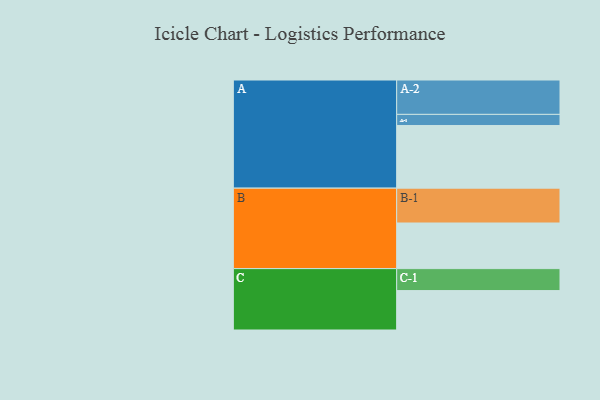
{"axis": {"x": "Segment", "y": "Value"}, "legend": ["", "A", "B", "C"], "data": [{"x": "A", "y": 536, "type": ""}, {"x": "B", "y": 390, "type": ""}, {"x": "C", "y": 337, "type": ""}, {"x": "A-1", "y": 95, "type": "A"}, {"x": "A-2", "y": 294, "type": "A"}, {"x": "B-1", "y": 298, "type": "B"}, {"x": "C-1", "y": 188, "type": "C"}]}